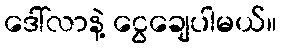
ဒေါ်လာနဲ့ ငွေချေပါမယ်။